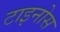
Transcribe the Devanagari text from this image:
टाइनोस